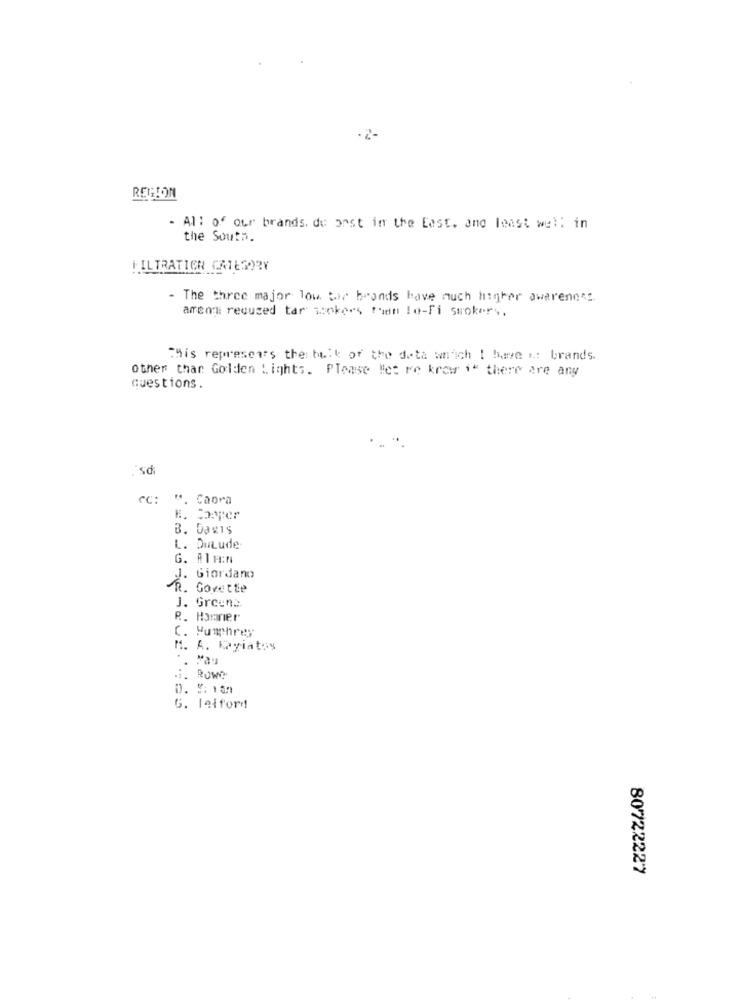
REGION
- All of our brands. du oost in the East. and least wel: in
the South.
FILTRATION CATEGORY
- The three major low tor brands have much higher awareness
arenu reduced tar spokers than lo-fi smokers.
"His represents the bulk of the data wnich ! have ..: brands.
other than Golden Lights. Please let re krew i there are any
questions.
.'sdi
ec:
". Caora
H. Sparer
B. Daxis
L. DuLude
G. Alm:n
J. Giordano
R. Govette
J. Greens
R. Honner
C. Humphrey
M. A. Kayiatos
.. Rowe
D. V: 100
G. leiford
80722227